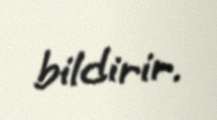
bildirir.